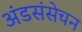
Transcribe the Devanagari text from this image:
अंडसंसेचन